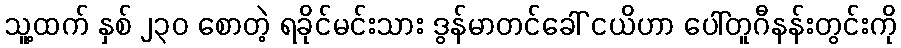
သူ့ထက် နှစ် ၂၃၀ စောတဲ့ ရခိုင်မင်းသား ဒွန်မာတင်ခေါ် ငယိဟာ ပေါ်တူဂီနန်းတွင်းကို